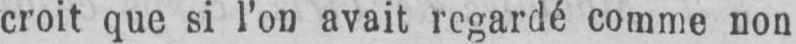
croit que si l’on avait regardé comme non